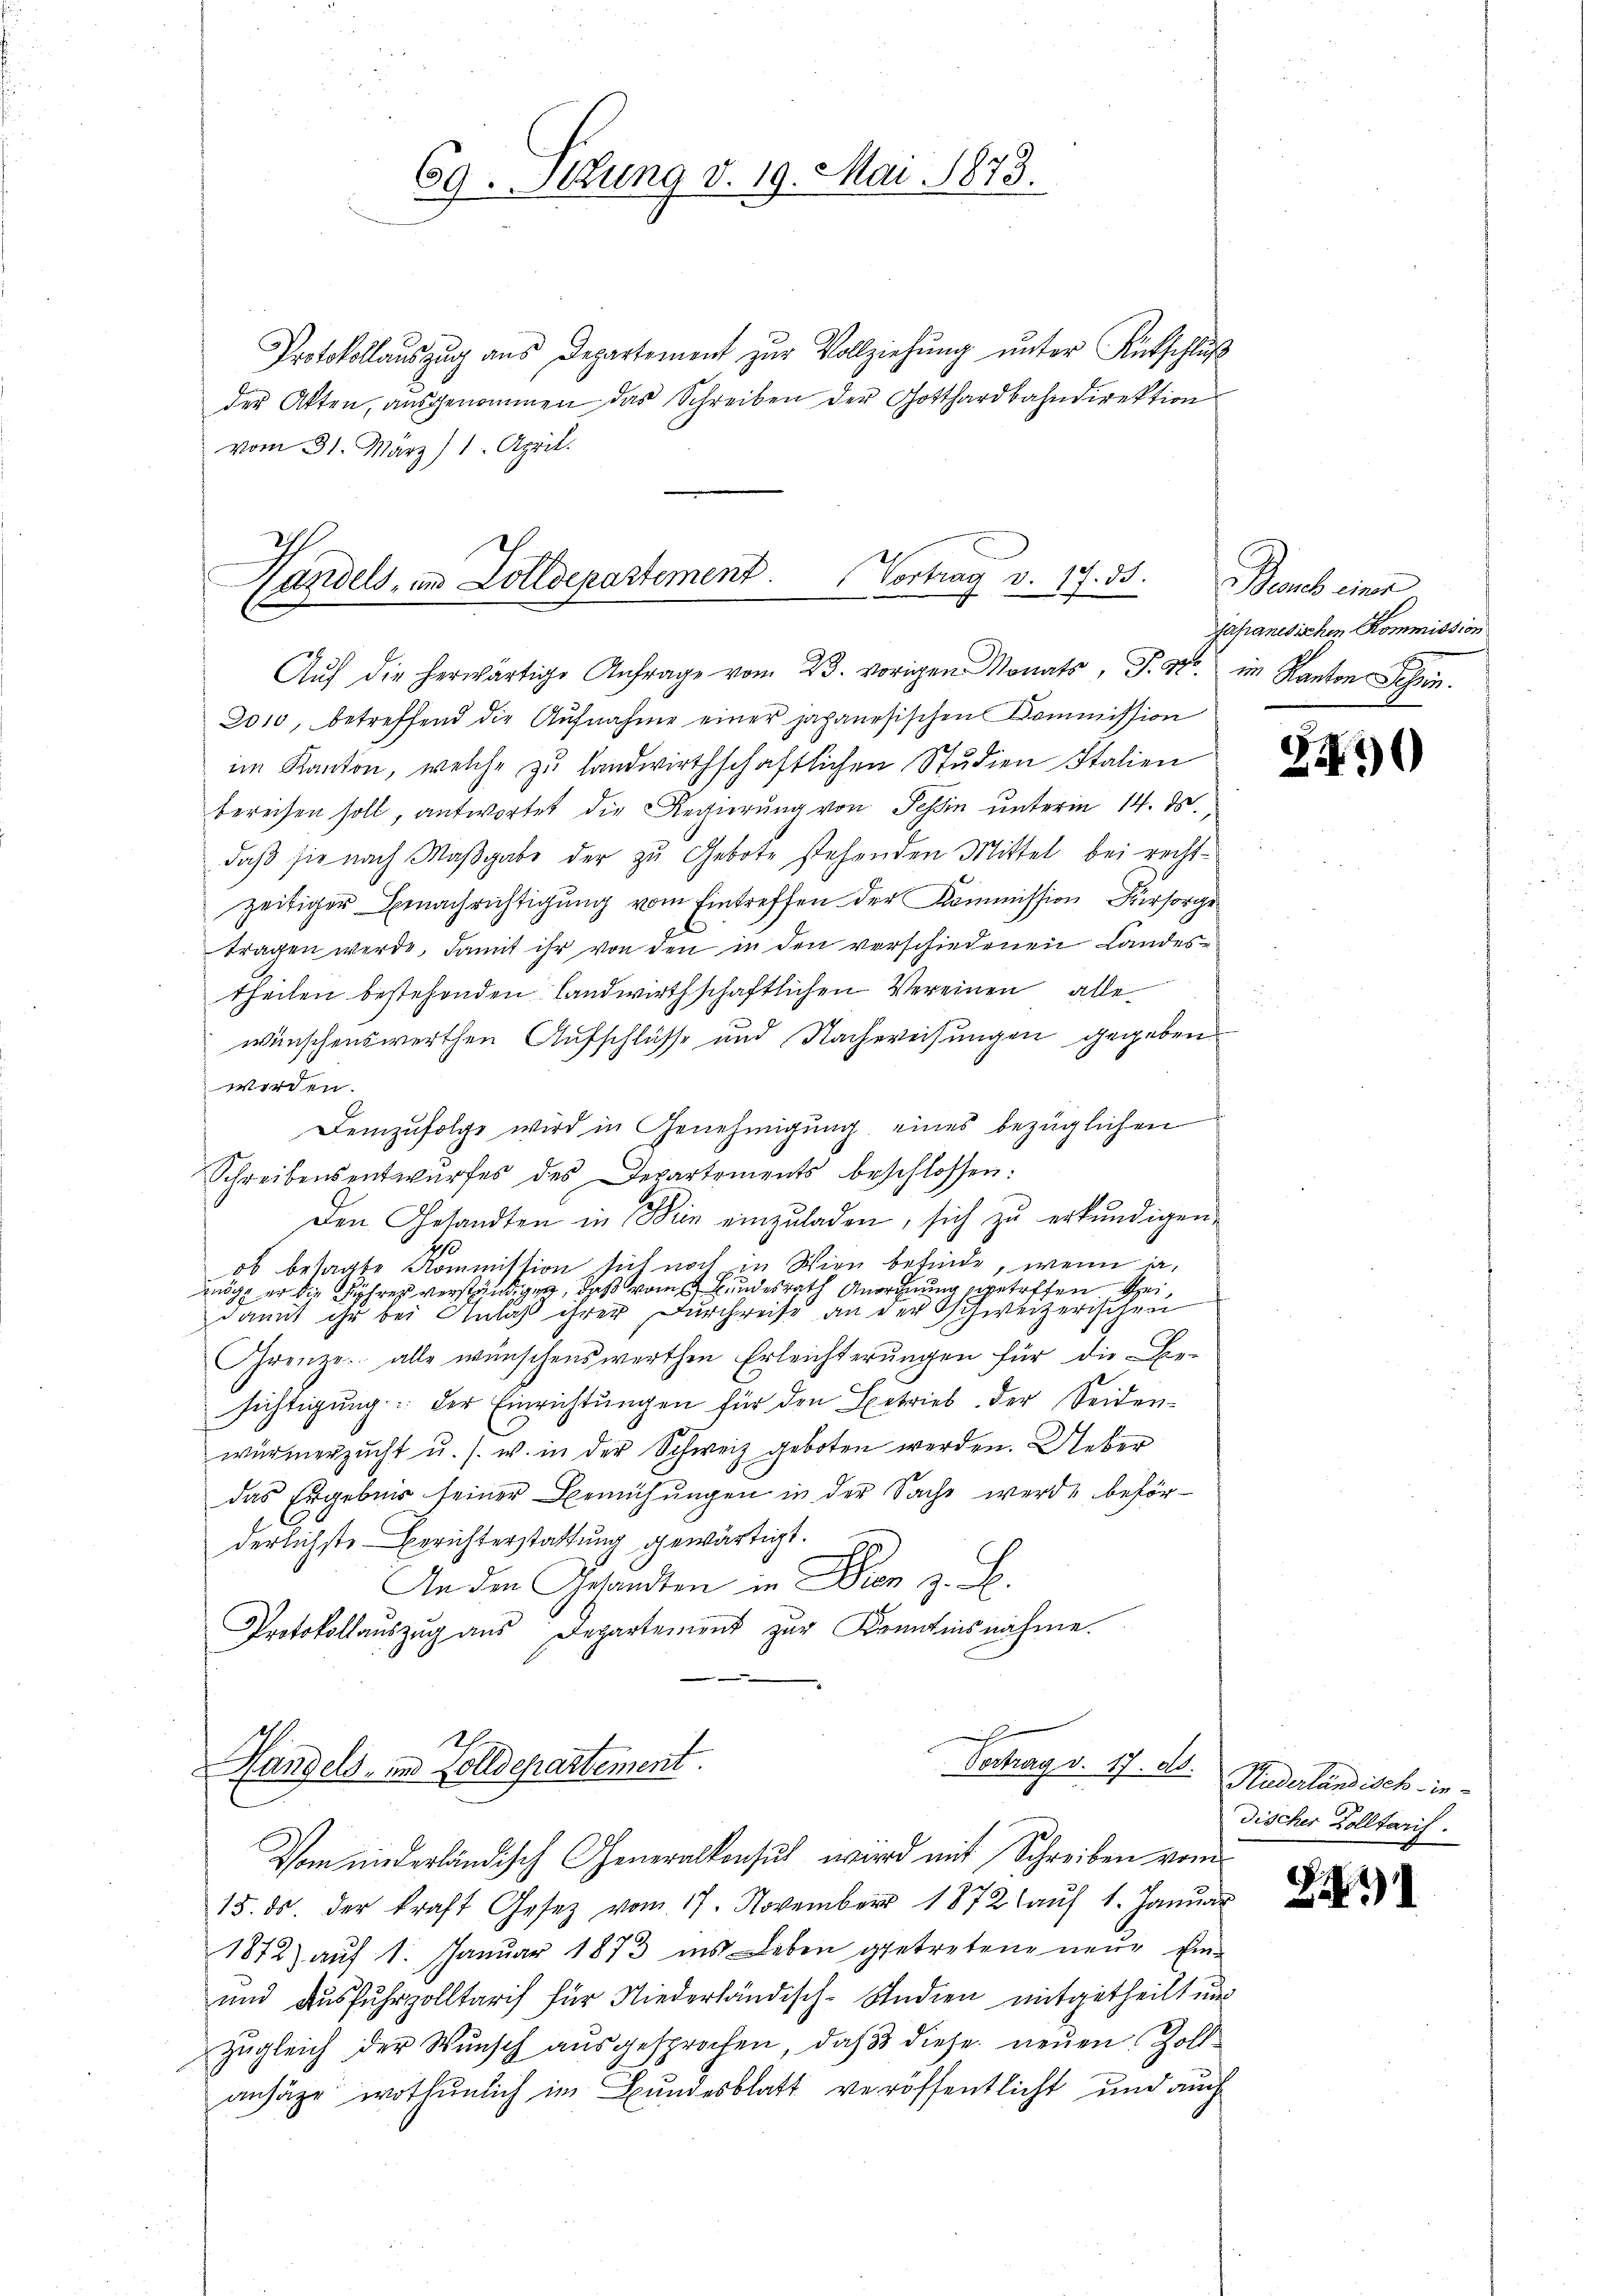
69. Sitzung v. 19. Mai 1873.

Protokollaŭszŭg ans Departement zŭr Vollziehŭng ŭnter Ritschlŭβ
der Akten, ausgenommen das Schreiben der Gotthardbahndirektion
vom 31. März 1. April.

2
Landels- und Zolldepartement.
Vortrag v. 17. 35.
Aŭf die herwärtige Anfrage vom 23. vorigen Monats, S. 870. im Kantonschen.

h
Vertrag v. 17. ds.
Hangels, und Zolldepartement.

2010, betreffend die Aufnahme einer japanesischen Kommission
im Kanton, welche zŭ landwirthschaftlichen Studien Italien
bereisen soll, antwortet die Regierung von Tessin unterm 14. ds.,
daβ sie nach Maβgabe der zu Gebote stehenden Mittel bei recht-
zeitiger Benachrichtigung vom Eintreffen der Kommission, Fürsorge
tragen werde, damit ihr von den in den verschiedenen Landestheilen bestehenden Landwirthschaftlichen Vereinen alle
wünschenswerthen Aufschlüsse und Nachweisungen gegeben.
werden.
Demzufolge wird in Genehmigung eines bezüglichen
Schreibensentwŭrfes des Departements beschlossen:
Den Gesandten in Dein einzŭladen, sich zu erkundigen.
ob besagte Kommission sich noch in Wien befinde, wenn irzöge er die Führer verständigen, daß vom Bundesrath Anordnung getreffen keidamit ihr bei Anlaß ihrer Durchreise an der Schweizerischen
Grenze alle wünschenswerthen Erleichterungen für die Be-
sichtigung: Der Einrichtungen für den Exetrieb der Seidenwürmerzŭcht u. s. w. in der Schweiz geboten werden. Ueber
das Ergebnis seiner Bemühungen in der Sache werde beförderlichste Berichterstattung gewärtigt.
An den Gesandten in Den z. B.
Protokollauszug aus Departement zur Kenntnisnahme.

Vom niederländisch Generalkonsul wird mit Schreiben vom
15. ds. der kraft Gesetz vom 17. November 1872 aŭf 1. Januar
1872) auf 1. Januar 1873 ins Leben getretene neue Ein-
und Ausfuhrzolltarif für Niederländisch-Studien mitgetheilt und
zugleich der Wunsch aŭsgesprochen, daß diese neuen Zollansähe wathunlich im Bundesblatt veröffentlicht und auch

Bauch einer
Japanesischen Kommission.

Z10

S2)

Huderländisch in
discher Kolltarif.